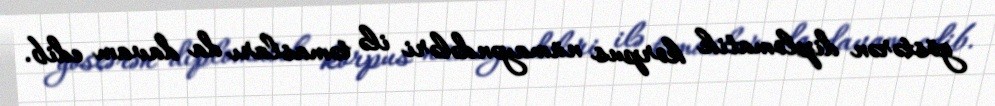
göstərən diplomatik korpus nümayəndələri ilə təmasları da davam edib.